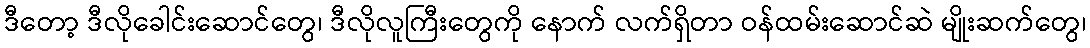
ဒီတော့ ဒီလိုခေါင်းဆောင်တွေ၊ ဒီလိုလူကြီးတွေကို နောက် လက်ရှိတာ ဝန်ထမ်းဆောင်ဆဲ မျိုးဆက်တွေ၊